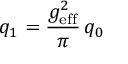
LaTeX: q _ { 1 } = { \frac { g _ { \mathrm { e f f } } ^ { 2 } } { \pi } } \, q _ { 0 }